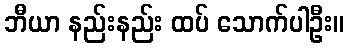
ဘီယာ နည်းနည်း ထပ် သောက်ပါဦး။